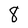
Character: 8